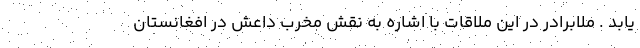
یابد . ملابرادر در این ملاقات‌ با اشاره به نقش مخرب داعش در افغانستان